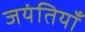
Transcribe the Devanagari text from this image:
जयंतियाँ